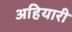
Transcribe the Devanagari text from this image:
अहियारी